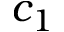
c _ { 1 }